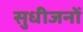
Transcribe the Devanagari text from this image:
सुधीजनों